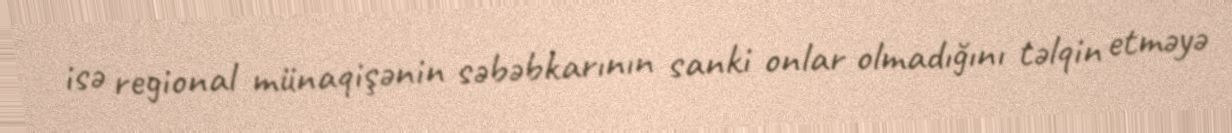
isə regional münaqişənin səbəbkarının sanki onlar olmadığını təlqin etməyə